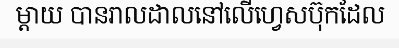
ម្តាយ បានរាលដាលនៅលើហ្វេសប៊ុកដែល